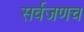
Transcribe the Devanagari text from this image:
सर्वजणच